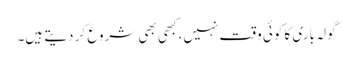
گولہ باری کا کوئی وقت نہیں، کبھی بھی شروع کر دیتے ہیں۔